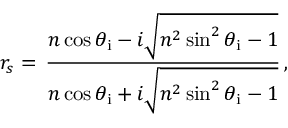
r _ { s } = \, { \frac { n \cos \theta _ { \mathrm { i } } - i { \sqrt { n ^ { 2 } \sin ^ { 2 } \theta _ { \mathrm { i } } - 1 } } } { n \cos \theta _ { \mathrm { i } } + i { \sqrt { n ^ { 2 } \sin ^ { 2 } \theta _ { \mathrm { i } } - 1 } } } } \, ,